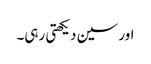
اور سین دیکھتی رہی۔